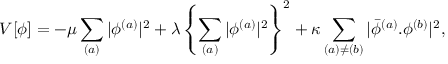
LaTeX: V [ \phi ] = - \mu \sum _ { ( a ) } | \phi ^ { ( a ) } | ^ { 2 } + \lambda \left\{ \sum _ { ( a ) } | \phi ^ { ( a ) } | ^ { 2 } \right\} ^ { 2 } + \kappa \sum _ { ( a ) \neq ( b ) } | \bar { \phi } ^ { ( a ) } . \phi ^ { ( b ) } | ^ { 2 } ,